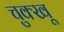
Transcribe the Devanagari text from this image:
चुक्खू